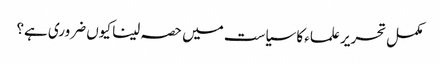
مکمل تحریر علماء کا سیاست میں حصہ لینا کیوں ضروری ہے؟